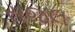
સજલ